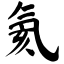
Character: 氦